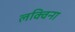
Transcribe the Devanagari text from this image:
लक्विना